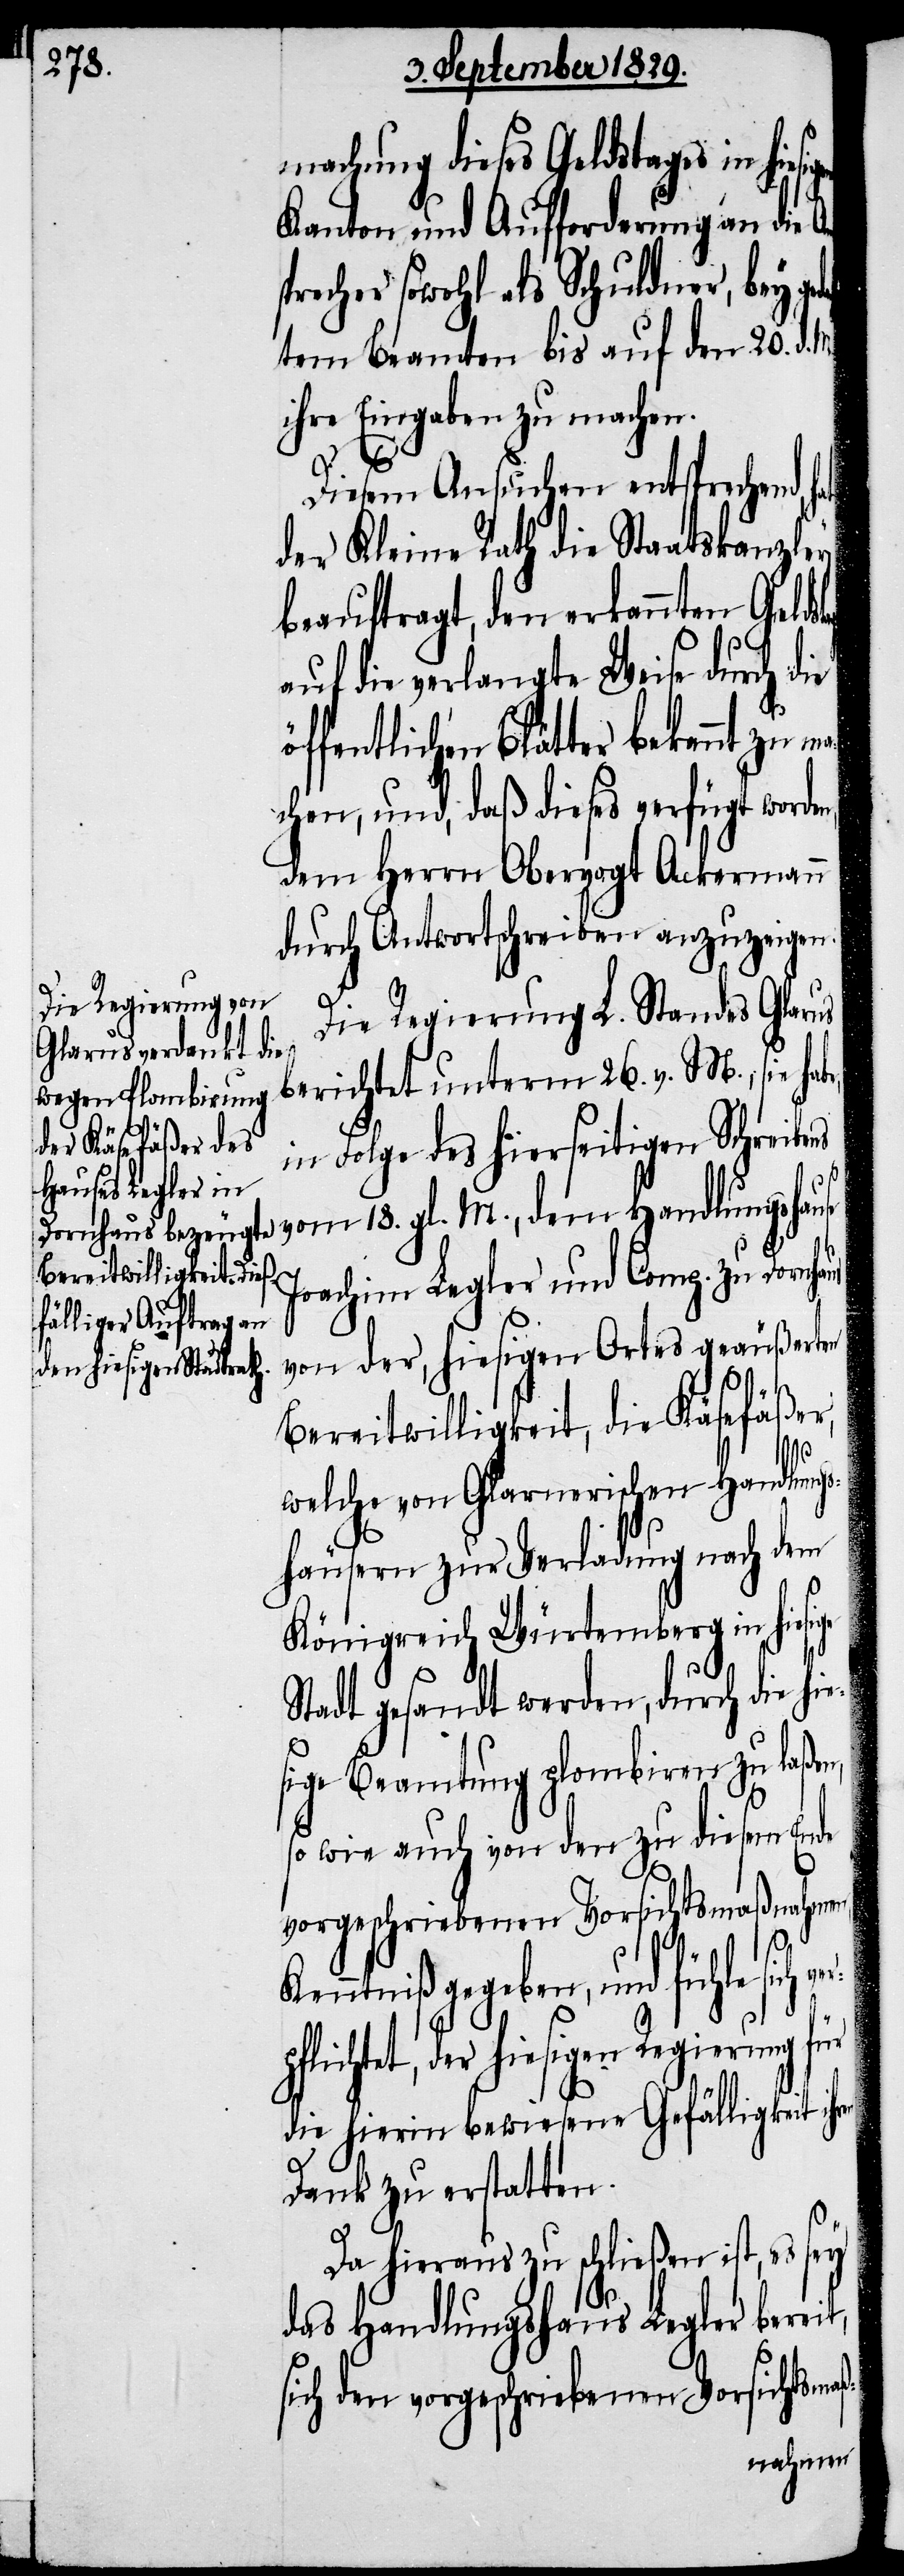
machung dieses Geldstages in hie¬
Kanton und Aufforderung an die
recher sowohl als Schuldner, bey g¬
htem Beamten bis auf den 20. d. M.
ihre Eingaben zu machen.
Diesem Ansuchen entsprechend, h¬
der Kleine Rath die Staatskanzley
beauftragt, den erkannten Geld¬
auf die verlangte Weise durch die
öffentlichen Blätter bekannt zu m¬
achen, und, daß diese verfügt worde¬
dem Herrn Obervogt Ackermann
durch Antwortschreiben anzuzeigen.
Die Regierung L. Standes Glarus
berichtet unterm 26. v. M., sie hab¬
in Folge des hierseitigen Schre¬
ibens vom 18. gl. M., dem Handlungshause
Joachim Legler und Comp. zu Dornha¬
von der, hiesigen Ortes geäußerten
Bereitwilligkeit, die Käsefäßer,
rp¬
welche von Glarnerischen Handlungs¬
häusern zur Verladung nach dem
Königreich Würtemberg in hiesi¬
Stadt gesandt werden, durch die
sige Beamtung plombiren zu laßen,
so wie auch von den zu diesem Ende
vorgeschriebenen Vorsichtsmaßnahmen,
ren
Kenntniß gegeben, und fühle sich ve¬
flichtet, der hiesigen Regierung für
die hierin bewiesene Gefälligkeit ih¬
Dank zu erstatten.
Da hieraus zu schließen ist, es sey
das Handlungshaus Legler bereit,
sich den vorgeschriebenen Vorsichtsmaß-